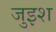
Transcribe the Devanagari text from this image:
जुइश